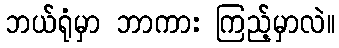
ဘယ်ရုံမှာ ဘာကား ကြည့်မှာလဲ။